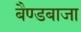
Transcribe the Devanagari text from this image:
बैण्डबाजा